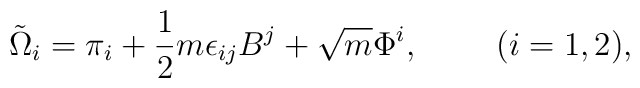
\tilde{\Omega}_i = \pi_i + \frac{1}{2} m \epsilon_{ij} B^j + \sqrt{m} \Phi^i,{}~~~~~~~(i=1,2),